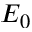
E _ { 0 }